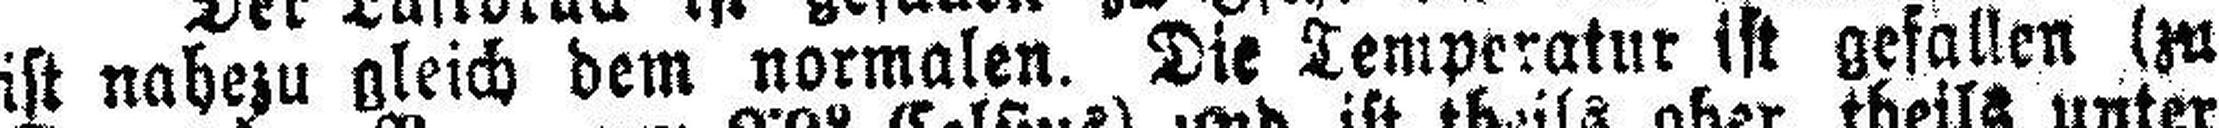
ist nahezu gleich dem normalen. Die Temperatur ist gefallen (zu